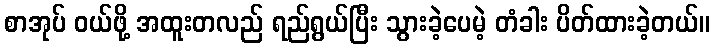
စာအုပ် ဝယ်ဖို့ အထူးတလည် ရည်ရွယ်ပြီး သွားခဲ့ပေမဲ့ တံခါး ပိတ်ထားခဲ့တယ်။